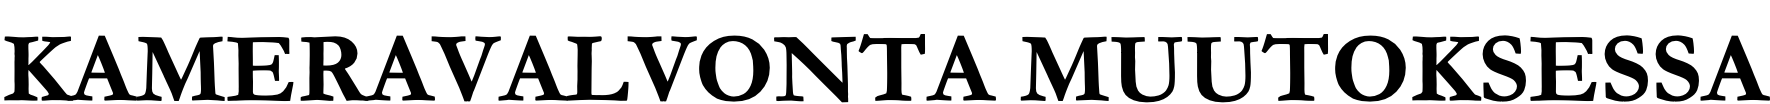
KAMERAVALVONTA                   MUUTOKSESSA